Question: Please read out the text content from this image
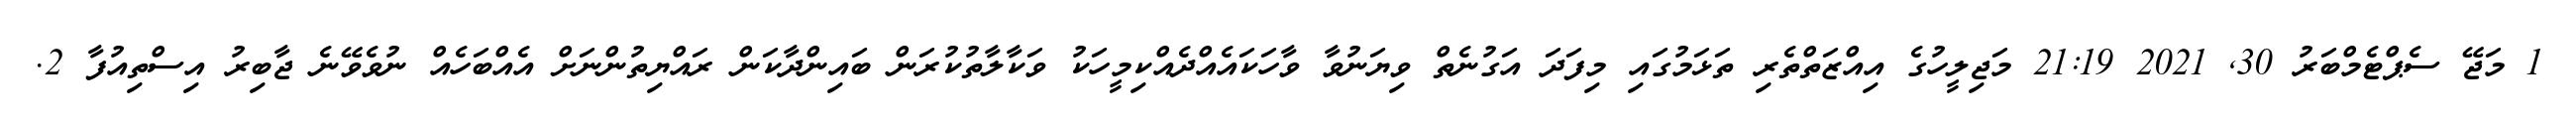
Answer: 1 މަޖޭ ސެޕްޓެމްބަރު 30, 2021 21:19 މަޖިލީހުގެ އިއްޒަތްތެރި ތަޅަމުގައި މިފަދަ އަގުނެތް ވިޔަނުވާ ވާހަކައެއްދެއްކިމީހަކު ވަކާލާތުކުރަން ބައިންދާކަން ރައްޔިތުންނަށް އެއްބަހެއް ނުވެވޭނެ ޖާބިރު އިސްތިއުފާ 2.